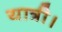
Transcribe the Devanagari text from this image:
यात्री।